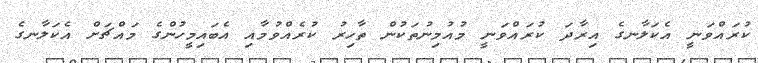
ކުރައްވަނީ އެކަލާނގެ އިރާދަ ކުރައްވަނީ މުއުމިނުތަކުން ތާހިރު ކުރެއްވުމާއި އެބައިމީހުންގެ މައްޗަށް އެކަލާނގެ